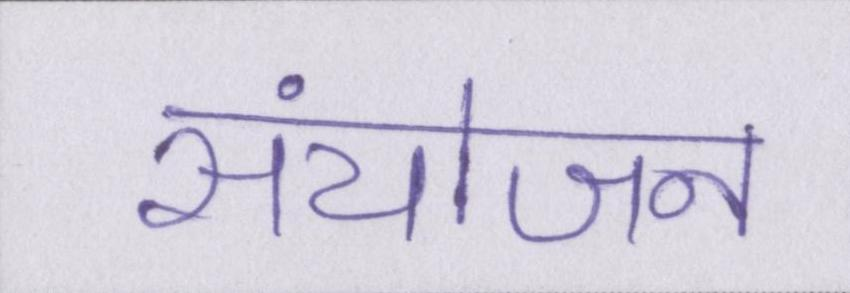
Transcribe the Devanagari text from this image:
संयोजन